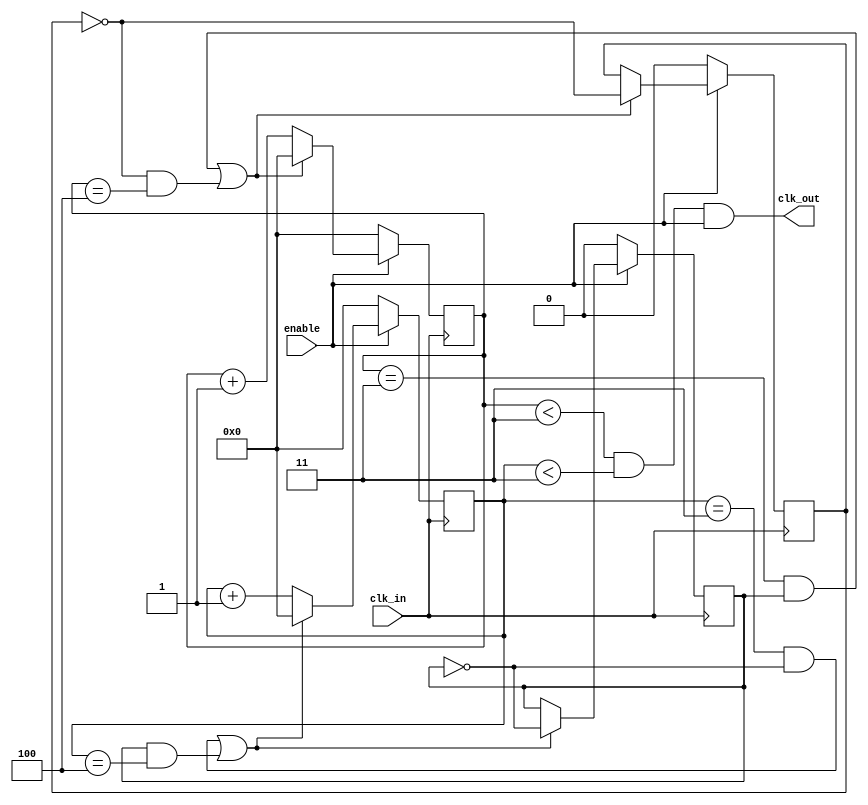
module clk_div_45 (
clk_in, 
enable, 
clk_out 
);
input      clk_in     ;
input      enable     ;
output     clk_out    ;
wire       clk_in     ;
wire       enable     ;
wire       clk_out    ;
reg   [3:0] counter1   ;
reg   [3:0] counter2   ;
reg         toggle1    ;
reg         toggle2    ;
always @ (posedge clk_in)
if (enable == 1'b0) begin 
   counter1 <= 4'b0;
   toggle1  <= 0;
end else if ((counter1 == 3 && toggle2) || (~toggle1 && counter1 == 4))  begin
   counter1 <= 4'b0;
   toggle1  <= ~toggle1;
end else   begin
   counter1 <= counter1 + 1;
end
always @ (negedge clk_in)
if (enable == 1'b0) begin
  counter2 <= 4'b0;
  toggle2  <= 0;
end else if ((counter2 == 3 && ~toggle2) || (toggle2 && counter2 == 4))  begin
  counter2 <= 4'b0;
  toggle2  <= ~toggle2;
end  else   begin
  counter2 <= counter2 + 1;
end
assign  clk_out = (counter1 <3 && counter2 < 3) & enable;
endmodule